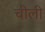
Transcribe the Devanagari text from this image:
चीली